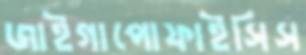
জাইগাপোফাইসিস